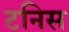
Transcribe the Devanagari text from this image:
टनिस